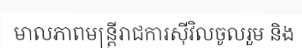
មាលភាពមន្ត្រីរាជការស៊ីវិលចូលរួម និង